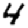
Digit: 4